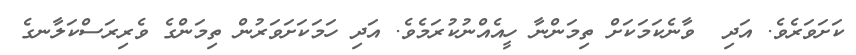
ކަށަވަރެވެ. އަދި  ވާނެކަމަކަށް ތިމަންނާ ހީއެއްނުކުރަމެވެ. އަދި ހަމަކަށަވަރުން ތިމަންގެ ވެރިރަސްކަލާނގެ